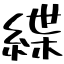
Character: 緤